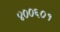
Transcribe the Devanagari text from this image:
४००६०१